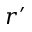
r ^ { \prime }